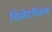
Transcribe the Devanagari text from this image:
थियेटरिकल